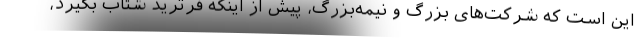
این است که شرکت‌های بزرگ و نیمه‌بزرگ، پیش از اینکه فرترید شتاب بگیرد،